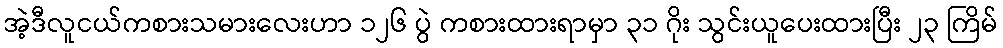
အဲ့ဒီလူငယ်ကစားသမားလေးဟာ ၁၂၆ ပွဲ ကစားထားရာမှာ ၃၁ ဂိုး သွင်းယူပေးထားပြီး ၂၃ ကြိမ်